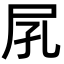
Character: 𡰼